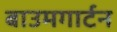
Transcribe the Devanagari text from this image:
बाउमगार्टन